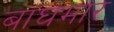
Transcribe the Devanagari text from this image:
बाघमार